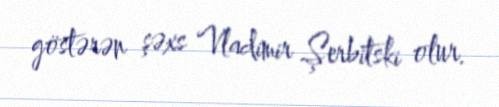
göstərən şəxs Vladimir Şerbitski olur.